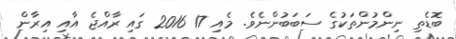
ބޮޑެތި ނިންމުންތަކުގެ ސަބަބުންނެވެ. މެއި 17 2016 ގައި ރާއްޖެ އާއި އިރާން